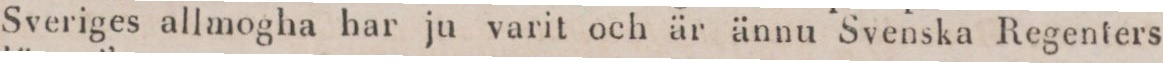
Sveriges allmogha har ju varit och är ännu Svenska Regenters